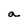
Character: a